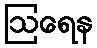
ဩရေန